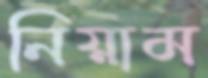
নিয়াম